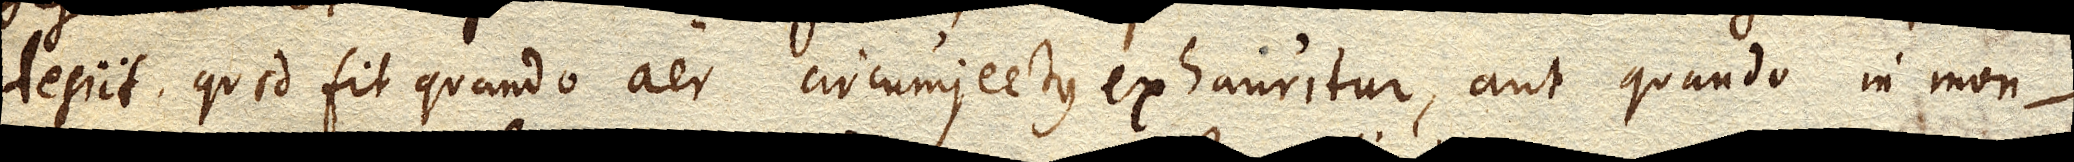
desiit, quod fit quando aer circumjectus exhauritur, aut quando in mon–